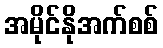
အမိုင်နိုအက်စစ်